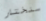
سنختار